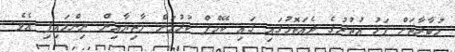
މުބާރާތަށް ފަހު އުތުރުގެ ދެއަތޮޅުގައި ގައި ކޭމްޕް ކުރުމަށް މާޒިޔާއިން ނިންމައިފި އެވެ.